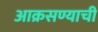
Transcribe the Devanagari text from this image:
आक्रसण्याची